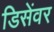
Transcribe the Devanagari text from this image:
डिसेंवर